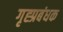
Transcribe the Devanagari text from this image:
गृह्प्रबंधक